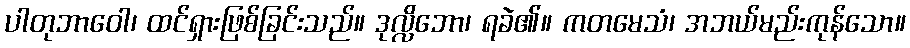
ပါတုဘာဝေါ၊ ထင်ရှားဖြစ်ခြင်းသည်။ ဒုလ္လိဘော၊ ရခဲ၏။ ကတမေသံ၊ အဘယ်မည်းကုန်သော။